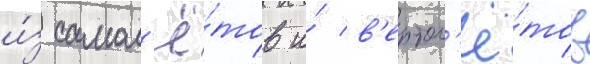
и́з самол'ё́тов и́ в'ертол'ё́тов